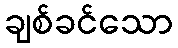
ချစ်ခင်သော